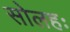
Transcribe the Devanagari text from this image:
सोलहः